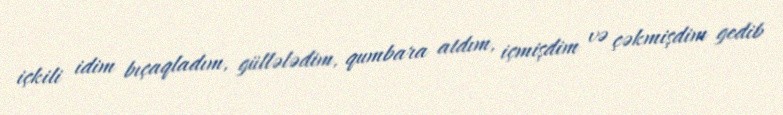
içkili idim bıçaqladım, güllələdim, qumbara atdım, içmişdim və çəkmişdim gedib